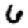
Digit: 6